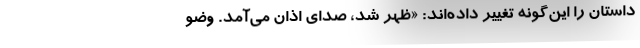
داستان را این‌گونه تغییر داده‌اند: «ظهر شد، صدای اذان می‌آمد. وضو